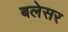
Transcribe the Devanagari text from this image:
बलेसर